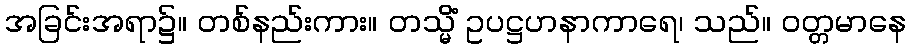
အခြင်းအရာ၌။ တစ်နည်းကား။ တသ္မိံ ဥပဋ္ဌဟနာကာရေ၊ သည်။ ဝတ္တမာနေ